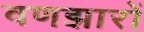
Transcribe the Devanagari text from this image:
वणझारों